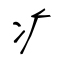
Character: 疒